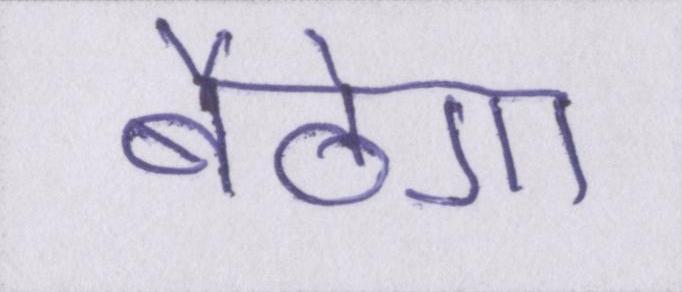
बैठेगा